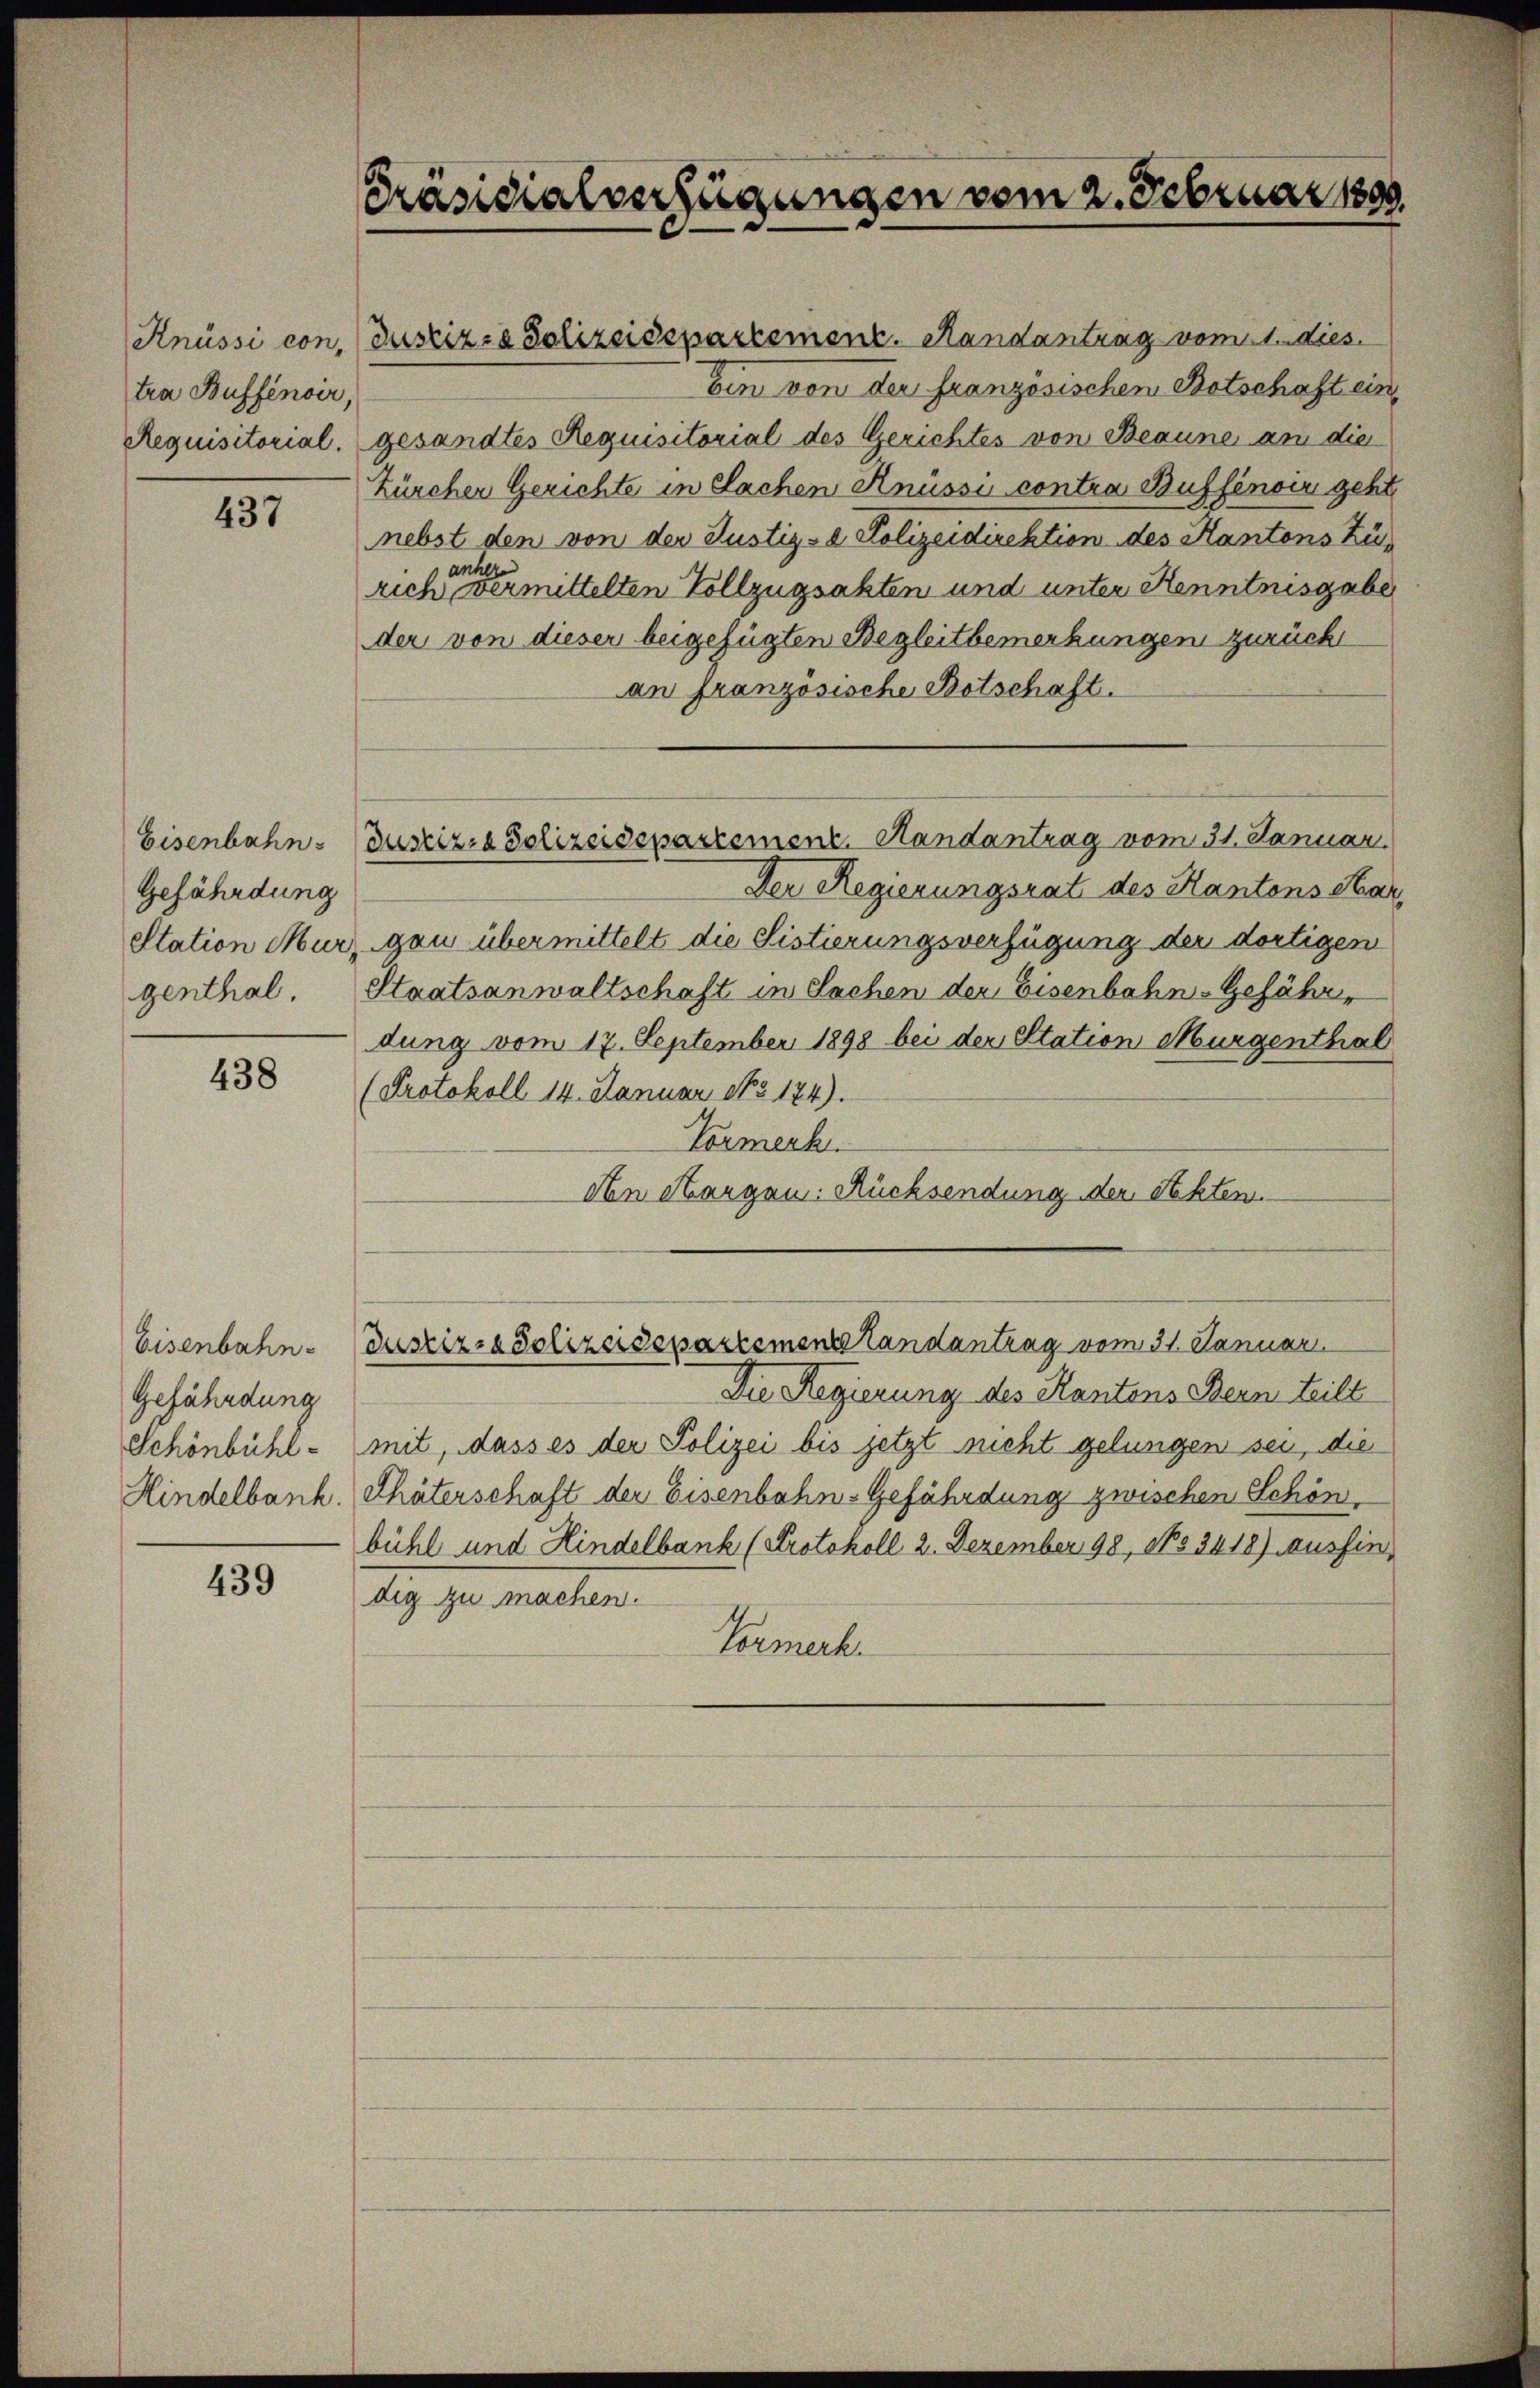
tra Buffensir,

437

Eisenbahn
Gefährdung
etation Mur
genthal.

438

Gefährdung

439

Präsidialverfügungen vom 2. Februar 1890.

Knüssi con Justiz- & Polizeidepartement. Randantrag vom 1. dies
Ein von der französischen Botschaft ein¬
Requisitorial. gesandtes Requisitorial des Gerichtes von Beaune an die
Zürcher Gerichte in Sachen Knüssi contra Buffinoir geht
nebst den von der Justiz- & Polizeidirektion des Kantons Züanher
rich vermittelten Vollzugsakten und unter Kenntnisgabe
der von dieser beigefügten Begleitbemerkungen zurück
an französische Botschaft.
Der Regierungsrat des Kantons Har
gau übermittelt die Sistierungsverfügung der dortigen
Staatsanwaltschaft in Sachen der Eisenbahn-Gefährdung vom 17. September 1898 bei der Station Murgenthal
(Protokoll 14. Januar No 174).
Vormerk.
An Sargen. Rücksendung der Sekten.
Eisenbahn- Justiz- & Polizeisepartemente Landantrag vom 31. Januar
Die Regierung des Kantons Bern teilt
Schönbühl- mit, dass es der Polizei bis jetzt nicht gelungen sei, die
Hindelbank. Thäterschaft der Eisenbahn-Gefährdung zwischen Schön
bühl und Hindelbank (Protokoll 2. Dezember 98, No 3418) aushindig zu machen.
Formerk.

Justiz- & Polizeidepartement. Handantrag vom 31. Januar